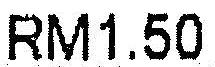
RM1.50